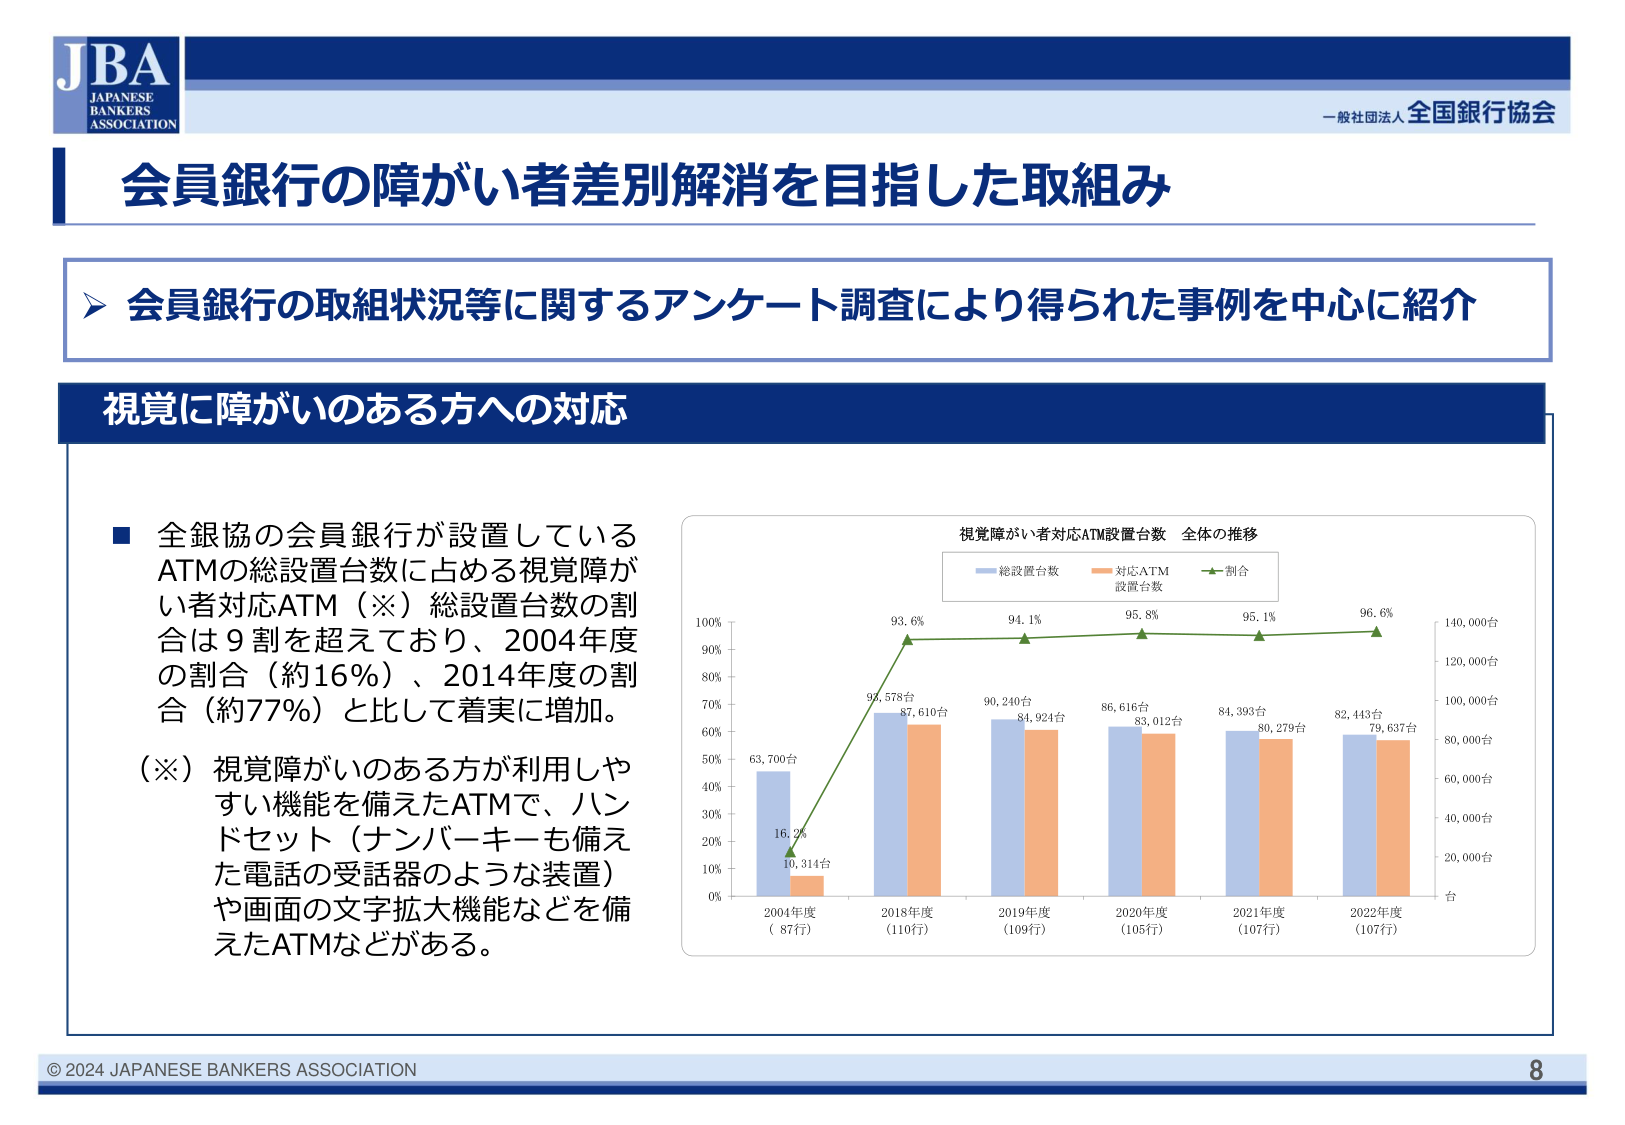
JBA
JAPANESE
BANKERS
ASSOCIATION

一般社団法人 全国銀行協会

会員銀行の障がい者差別解消を目指した取組み

➤ 会員銀行の取組状況等に関するアンケート調査により得られた事例を中心に紹介

視覚に障がいのある方への対応

■ 全銀協の会員銀行が設置しているATMの総設置台数に占める視覚障がい者対応ATM（※）総設置台数の割合は9割を超えており、2004年度の割合（約16％）、2014年度の割合（約77％）と比して着実に増加。

（※）視覚障がいのある方が利用しやすい機能を備えたATMで、ハンドセット（ナンバーキーも備えた電話の受話器のような装置）や画面の文字拡大機能などを備えたATMなどがある。

視覚障がい者対応ATM設置台数 全体の推移
総設置台数
対応ATM
設置台数
割合

100%
90%
80%
70%
60%
50%
40%
30%
20%
10%
0%

140,000台
120,000台
100,000台
80,000台
60,000台
40,000台
20,000台
台

63,700台
16.2%
10,314台

92,578台
87,610台
93.6%

90,240台
84,924台
94.1%

86,616台
83,012台
95.8%

84,393台
80,279台
95.1%

82,443台
79,637台
96.6%

2004年度
（87行）

2018年度
（110行）

2019年度
（109行）

2020年度
（105行）

2021年度
（107行）

2022年度
（107行）

© 2024 JAPANESE BANKERS ASSOCIATION
8